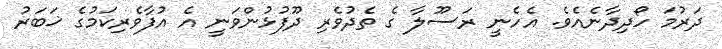
ދަރުމަ ހޯދިދާނެއެވެ. އެހެނީ ރަސޫލާ ގެ ތެދުވެރި ދޫފުޅުންވަނީ އެ އުފާވެރިކަމުގެ ޚަބަރު